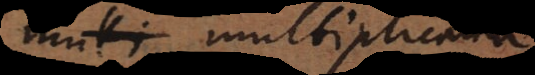
b multiplicanda